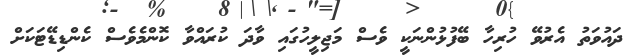
ދައުވަތު އެރުވޭ ހުރިހާ ބޭފުޅުންނަކީ ވެސް މަޖިލީހުގައި ވާދަ ކުރައްވާ ކޮންމެވެސް ކެންޑިޑޭޓަކަށް